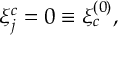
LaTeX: \xi _ { j } ^ { c } = 0 \equiv \xi _ { c } ^ { ( 0 ) } ,